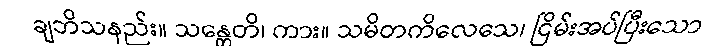
ချဘိသနည်း။ သန္တေတိ၊ ကား။ သမိတကိလေသေ၊ ငြိမ်းအပ်ပြီးသော